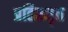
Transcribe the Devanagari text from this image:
प्रतिस्मृत